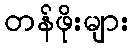
တန်ဖိုးများ